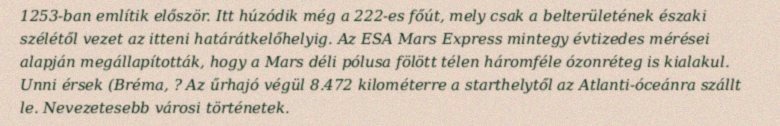
1253-ban említik először. Itt húzódik még a 222-es főút, mely csak a belterületének északi szélétől vezet az itteni határátkelőhelyig. Az ESA Mars Express mintegy évtizedes mérései alapján megállapították, hogy a Mars déli pólusa fölött télen háromféle ózonréteg is kialakul. Unni érsek (Bréma, ? Az űrhajó végül 8.472 kilométerre a starthelytől az Atlanti-óceánra szállt le. Nevezetesebb városi történetek.